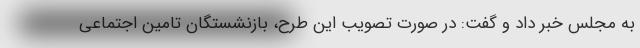
به مجلس خبر داد و گفت: در صورت تصویب این طرح، بازنشستگان تامین اجتماعی